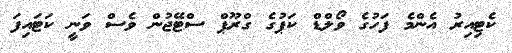
ކެޓިއިރު އެންމެ ފަހުގެ ވޯލްޑް ކަޕުގެ ގްރޫޕް ސްޓޭޖުން ވެސް ވަނީ ކަޓައިފަ